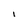
Character: I